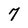
Character: 7